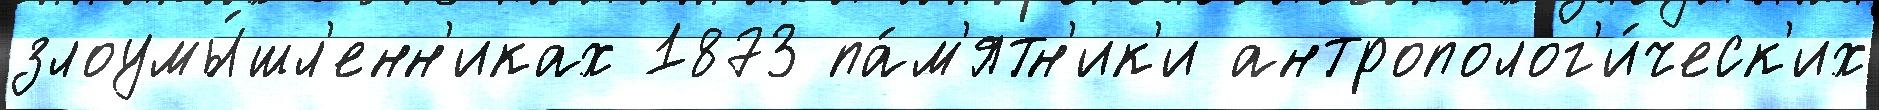
злоумы́шл'енн'иках 1873 па́м'ятн'ик'и антрополог'и́ческ'их